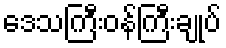
ဒေသကြီးဝန်ကြီးချုပ်